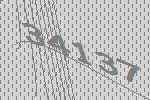
34137